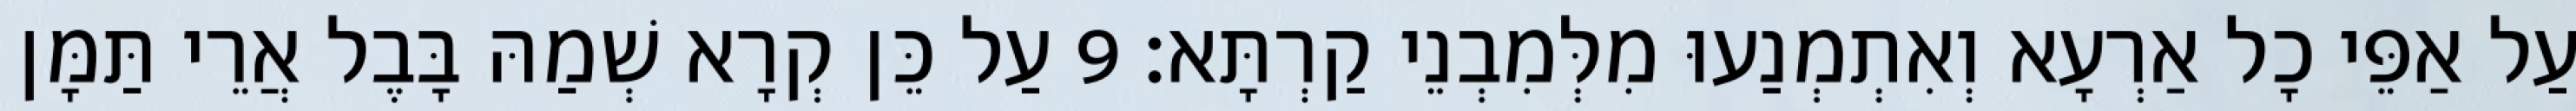
עַל אַפֵּי כָל אַרְעָא וְאִתְמְנַעוּ מִלְּמִבְנֵי קַרְתָּא׃ 9 עַל כֵּן קְרָא שְׁמַהּ בָּבֶל אֲרֵי תַּמָּן